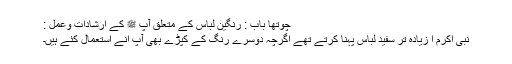
چوتھا باب : رنگین لباس کے متعلق آپ ﷺ کے ارشادات وعمل :
نبی اکرم ا زیادہ تر سفید لباس پہنا کرتے تھے اگرچہ دوسرے رنگ کے کپڑے بھی آپ انے استعمال کئے ہیں۔